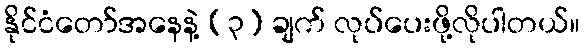
နိုင်ငံတော်အနေနဲ့ (၃) ချက် လုပ်ပေးဖို့လိုပါတယ်။